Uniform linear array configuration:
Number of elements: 4
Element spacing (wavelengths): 0.5
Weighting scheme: cosine
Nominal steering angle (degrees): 45
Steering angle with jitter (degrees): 46.989
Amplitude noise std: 0.05
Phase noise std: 0.05

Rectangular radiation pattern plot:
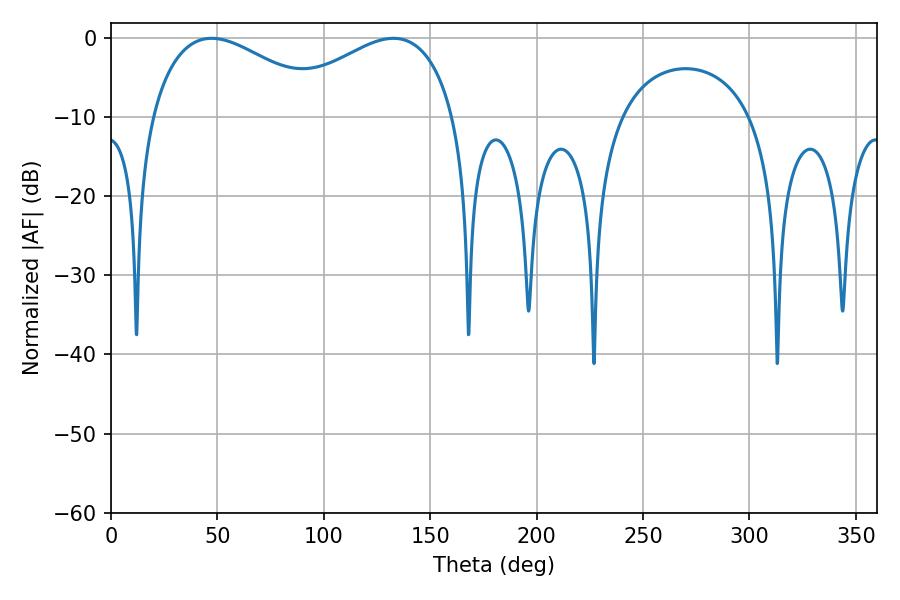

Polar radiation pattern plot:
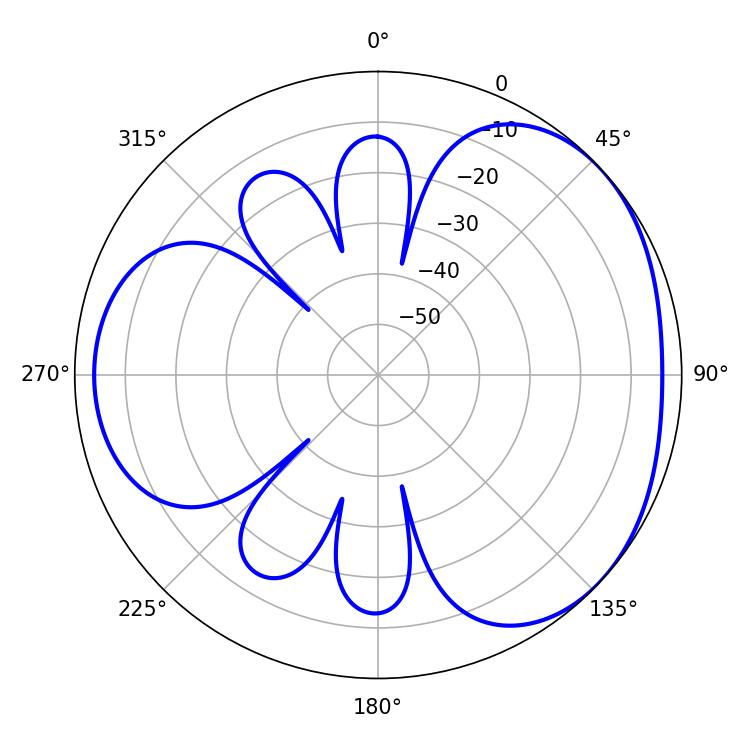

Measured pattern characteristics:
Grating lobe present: FALSE
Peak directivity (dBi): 3.359
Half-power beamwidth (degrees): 46.44
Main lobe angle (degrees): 47.34